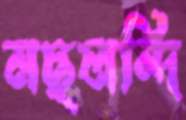
মছলন্দি